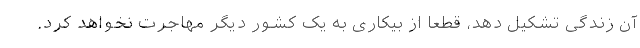
آن زندگی تشکیل دهد، قطعا از بیکاری به یک کشور دیگر مهاجرت نخواهد کرد.